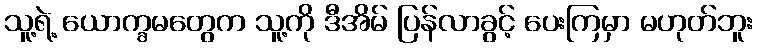
သူ့ရဲ့ ယောက္ခမတွေက သူ့ကို ဒီအိမ် ပြန်လာခွင့် ပေးကြမှာ မဟုတ်ဘူး